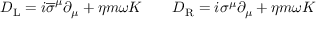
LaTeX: D _ { \mathrm { { L } } } = i { \overline { { \sigma } } } ^ { \mu } \partial _ { \mu } + \eta m \omega K \qquad D _ { \mathrm { { R } } } = i \sigma ^ { \mu } \partial _ { \mu } + \eta m \omega K